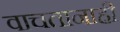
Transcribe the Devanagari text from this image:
वाचतानाही